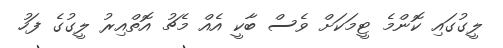
ލީގުގައި ކޮންމެ ޓީމަކަށް ވެސް ބާކީ އެއް މެޗު އޮތްއިރު ލީގުގެ ފަހު